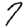
Digit: 7